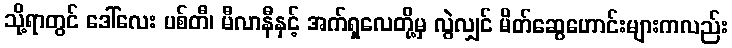
သို့ရာတွင် ဒေါ်လေး ပစ်တီ၊ မီလာနီနှင့် အက်ရှလေတို့မှ လွဲလျှင် မိတ်ဆွေဟောင်းများကလည်း